Vabadussoja_Ajaloo_Komitee, lk 5
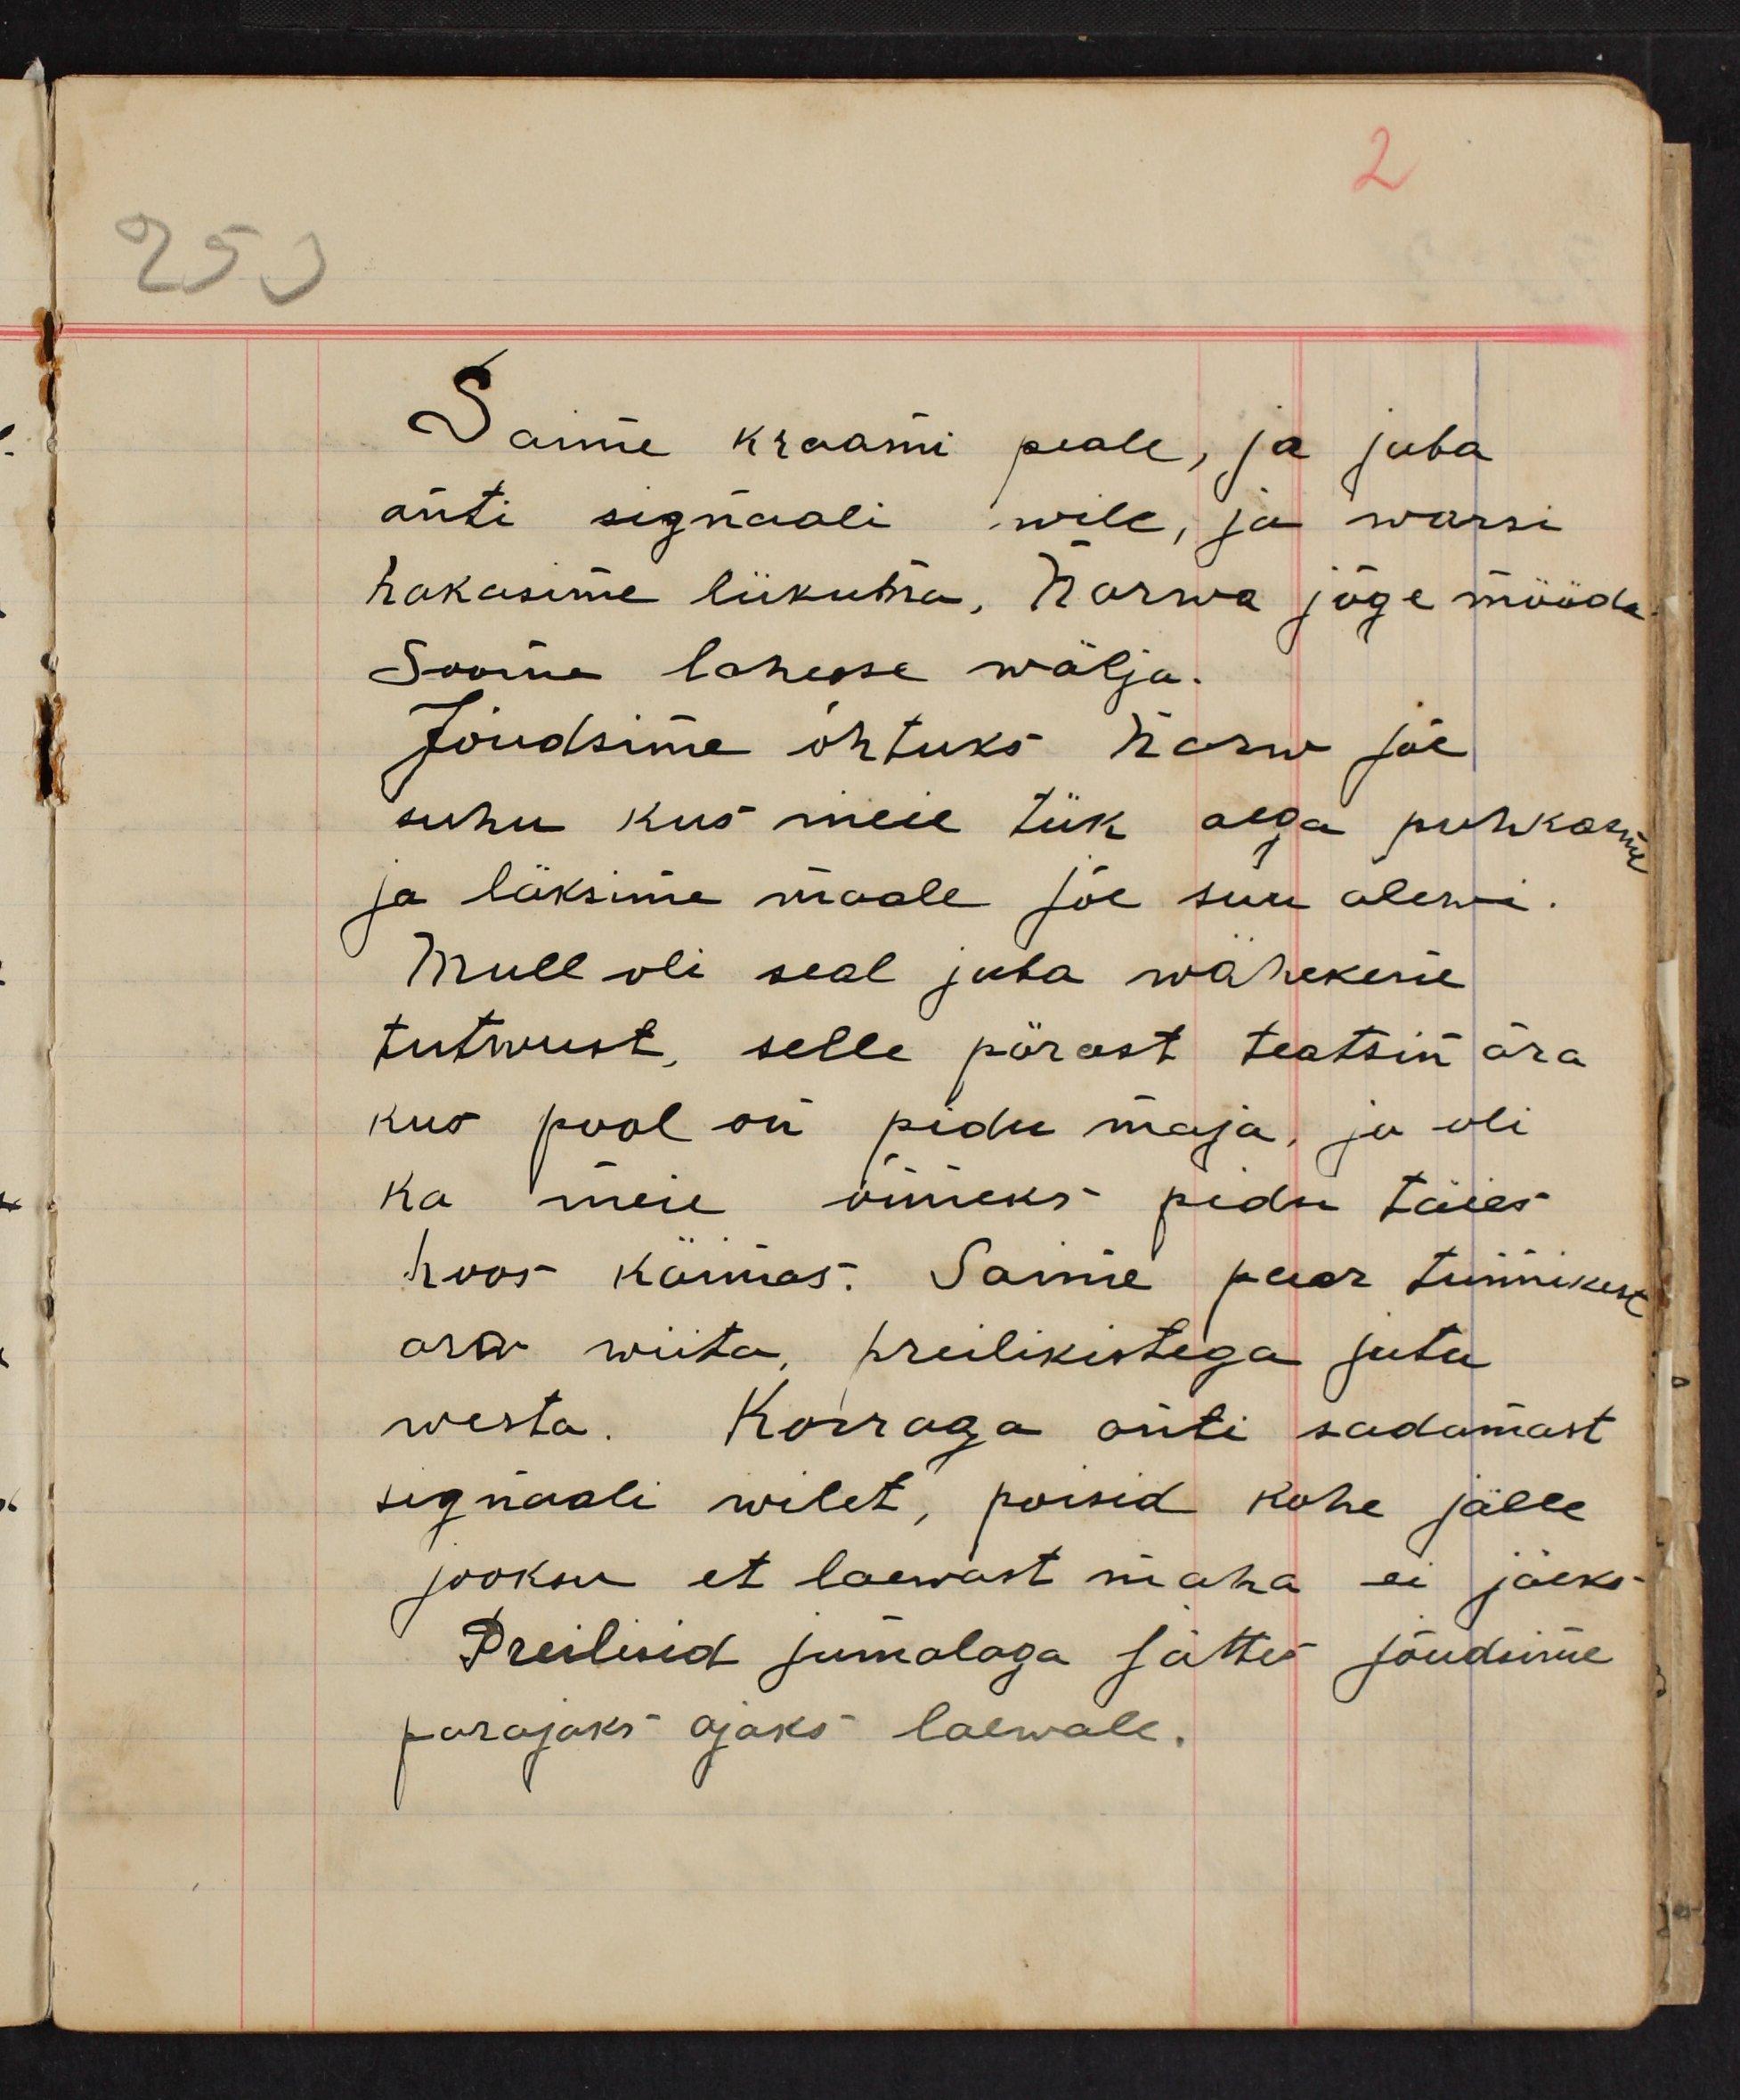
Saime kraami peale, ja juba
anti signaali wile, ja warsi
hakasime liikuma, Narwa jõge mööda
Soome lahese wälja.
Jõudsime õhtuks Narw jõe
suhu kus meie tük aega puhkasime
ja läksime maale jõe suu alewi.
Mull oli seal juba wähekene
tutwust, selle pärast teatsin ära
kus pool oli pidu maja, ja oli
ka meie imeks pidu täies
hoos käimas. Saime paar tunnikest
ara wiita, preilikestega jutu
westa. Korraga anti sadamast
signaali wilet, poisid kohe jälle
jooksu et laewast maha ei jääks.
Preilisid jumalaga jättes jõudsime
parajaks ajaks laewale.